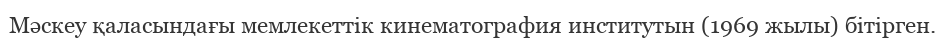
Мәскеу қаласындағы мемлекеттік кинематография институтын (1969 жылы) бітірген.